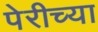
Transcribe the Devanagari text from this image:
पेरीच्या